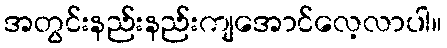
အတွင်းနည်းနည်းကျအောင်လေ့လာပါ။